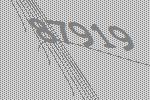
87919